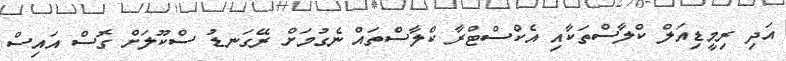
އަދި ރިމީޑިއަލް ކްލާސްތަކާއި އެކްސްޓްރާ ކްލާސްތައް ނެގުމަށް ރޭގަނޑު ސްކޫލަށް ގޮސް އައިސް